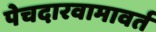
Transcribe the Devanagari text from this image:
पेचदारवामावर्त